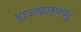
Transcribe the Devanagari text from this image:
राजकारणपटु